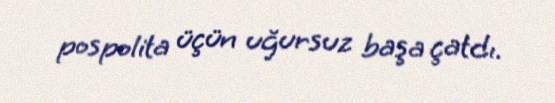
pospolita üçün uğursuz başa çatdı.